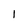
Character: 1